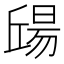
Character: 𣉠